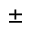
\pm